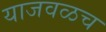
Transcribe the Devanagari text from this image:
याजवळच